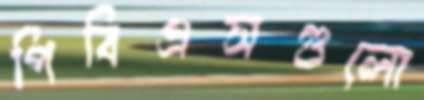
পিবিএসগুলো